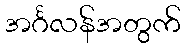
အင်္ဂလန်အတွက်